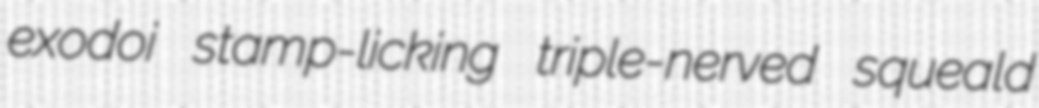
exodoi stamp-licking triple-nerved squeald